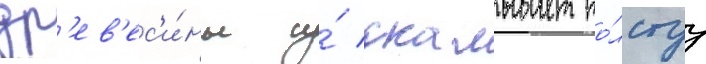
др'ев'ес'и́ны и́ скалывает то́лстуу